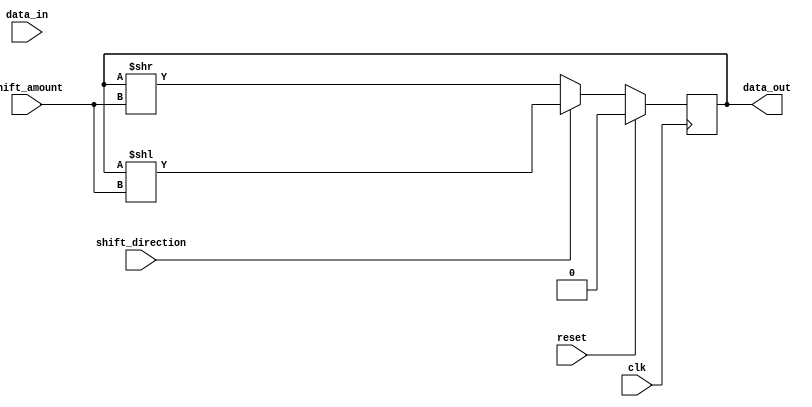
module shift_register (
    input wire data_in,
    input wire clk,
    input wire reset,
    input wire shift_direction, // 0 for right shift, 1 for left shift
    input wire [3:0] shift_amount, // Number of bits to shift
    output reg data_out
);

reg [3:0] shift_counter;

always @ (posedge clk) begin
    if (reset) begin
        data_out <= 0;
        shift_counter <= 0;
    end else begin
        if (shift_direction) begin // Left shift
            data_out <= data_out << shift_amount;
        end else begin // Right shift
            data_out <= data_out >> shift_amount;
        end
        
        shift_counter <= shift_counter + 1;

        if (shift_counter == shift_amount) begin
            shift_counter <= 0;
        end
    end
end

endmodule